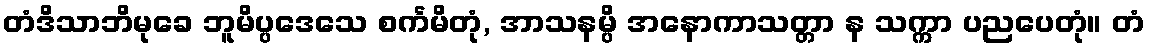
တံဒိသာဘိမုခေ ဘူမိပ္ပဒေသေ စင်္ကမိတုံ, အာသနမ္ပိ အနောကာသတ္တာ န သက္ကာ ပညပေတုံ။ တံ